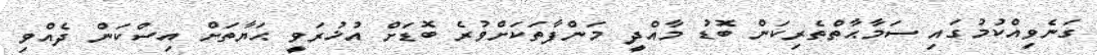
ގަނެވިއްކުމުގައި ސަމާޙާތްތެރިކަން ބޮޑު މާއްދީ މަންފާތަކަށްވުރެ ބޮޑަށް އުޚުރަވީ ޙަޔާތަށް އިސްކަން ދެއްވި